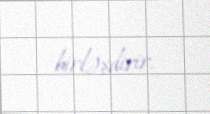
birləşdirir.